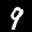
Label: 9